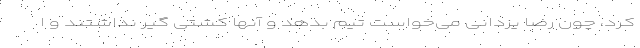
کرد، چون رضا یزدانی می‌خواست تیم بدهد و آنها کشتی گیر نداشتند و ا